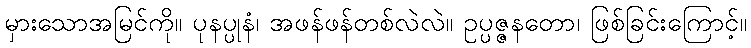
မှားသောအမြင်ကို။ ပုနပ္ပုနံ၊ အဖန်ဖန်တစ်လဲလဲ။ ဥပ္ပဇ္ဇနတော၊ ဖြစ်ခြင်းကြောင့်။